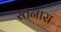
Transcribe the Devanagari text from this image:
स्तनास